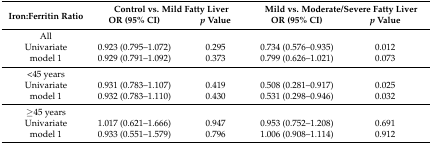
| <ROWSPAN=2> Iron:Ferritin Ratio | <COLSPAN=2> Control vs. Mild Fatty Liver | <COLSPAN=2> Mild vs. Moderate/Severe Fatty Liver |
 | OR (95% CI) | p Value | OR (95% CI) | p Value |
 | --- | --- | --- | --- | --- |
 | All |  |  |  |  |
 | Univariate | 0.923 (0.795–1.072) | 0.295 | 0.734 (0.576–0.935) | 0.012 |
 | model 1 | 0.929 (0.791–1.092) | 0.373 | 0.799 (0.626–1.021) | 0.073 |
 | <45 years |  |  |  |  |
 | Univariate | 0.931 (0.783–1.107) | 0.419 | 0.508 (0.281–0.917) | 0.025 |
 | model 1 | 0.932 (0.783–1.110) | 0.430 | 0.531 (0.298–0.946) | 0.032 |
 | ≥45 years |  |  |  |  |
 | Univariate | 1.017 (0.621–1.666) | 0.947 | 0.953 (0.752–1.208) | 0.691 |
 | model 1 | 0.933 (0.551–1.579) | 0.796 | 1.006 (0.908–1.114) | 0.912 |